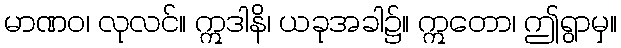
မာဏဝ၊ လုလင်။ ဣဒါနိ၊ ယခုအခါ၌။ ဣတော၊ ဤရွာမှ။